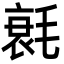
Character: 㲤